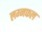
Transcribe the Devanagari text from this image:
लग्नफल